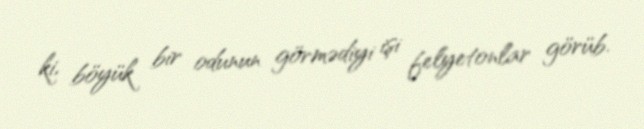
ki, böyük bir odunun görmədiyi işi felyetonlar görüb.